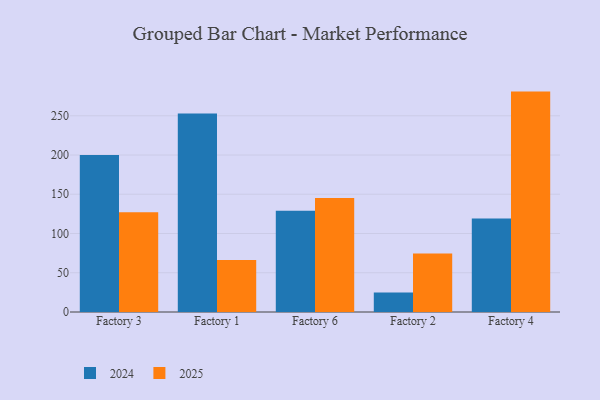
{"axis": {"x": "Factory", "y": "Shipments"}, "legend": ["2024", "2025"], "data": [{"x": "Factory 3", "y": 127.1, "type": "2025"}, {"x": "Factory 3", "y": 200.1, "type": "2024"}, {"x": "Factory 1", "y": 66.1, "type": "2025"}, {"x": "Factory 1", "y": 252.9, "type": "2024"}, {"x": "Factory 6", "y": 145.3, "type": "2025"}, {"x": "Factory 6", "y": 129.0, "type": "2024"}, {"x": "Factory 2", "y": 74.6, "type": "2025"}, {"x": "Factory 2", "y": 24.9, "type": "2024"}, {"x": "Factory 4", "y": 280.8, "type": "2025"}, {"x": "Factory 4", "y": 119.0, "type": "2024"}]}